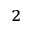
^ { 2 }